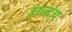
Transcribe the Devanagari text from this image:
उरुव्दंय